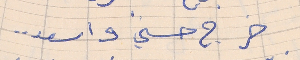
خرج حسنى واسعد . .